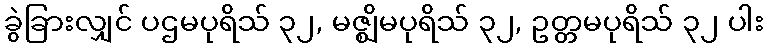
ခွဲခြားလျှင် ပဌမပုရိသ် ၃၂, မဇ္ဈိမပုရိသ် ၃၂, ဥတ္တမပုရိသ် ၃၂ ပါး